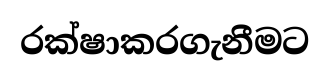
රක්ෂාකරගැනීමට